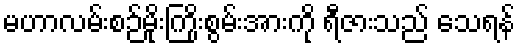
မဟာလမ်းစဉ်မိုးကြိုးစွမ်းအားကို ရီဇားသည် သေရန်